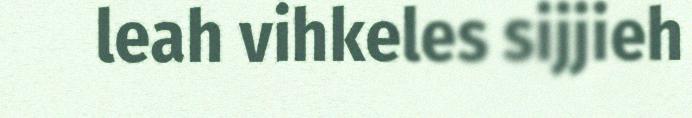
leah vihkeles sijjieh